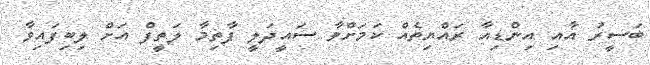
ބަސީރު އާއި އިންޑިއާ ރައްޔިތެއް ކަމަށްވާ ސައީދަލީ ފާތިމާ ލަތީފް އަށް ލިބިފައިވާ